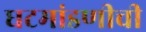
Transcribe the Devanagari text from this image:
घटमांडणीची